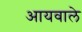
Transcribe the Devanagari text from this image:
आयवाले